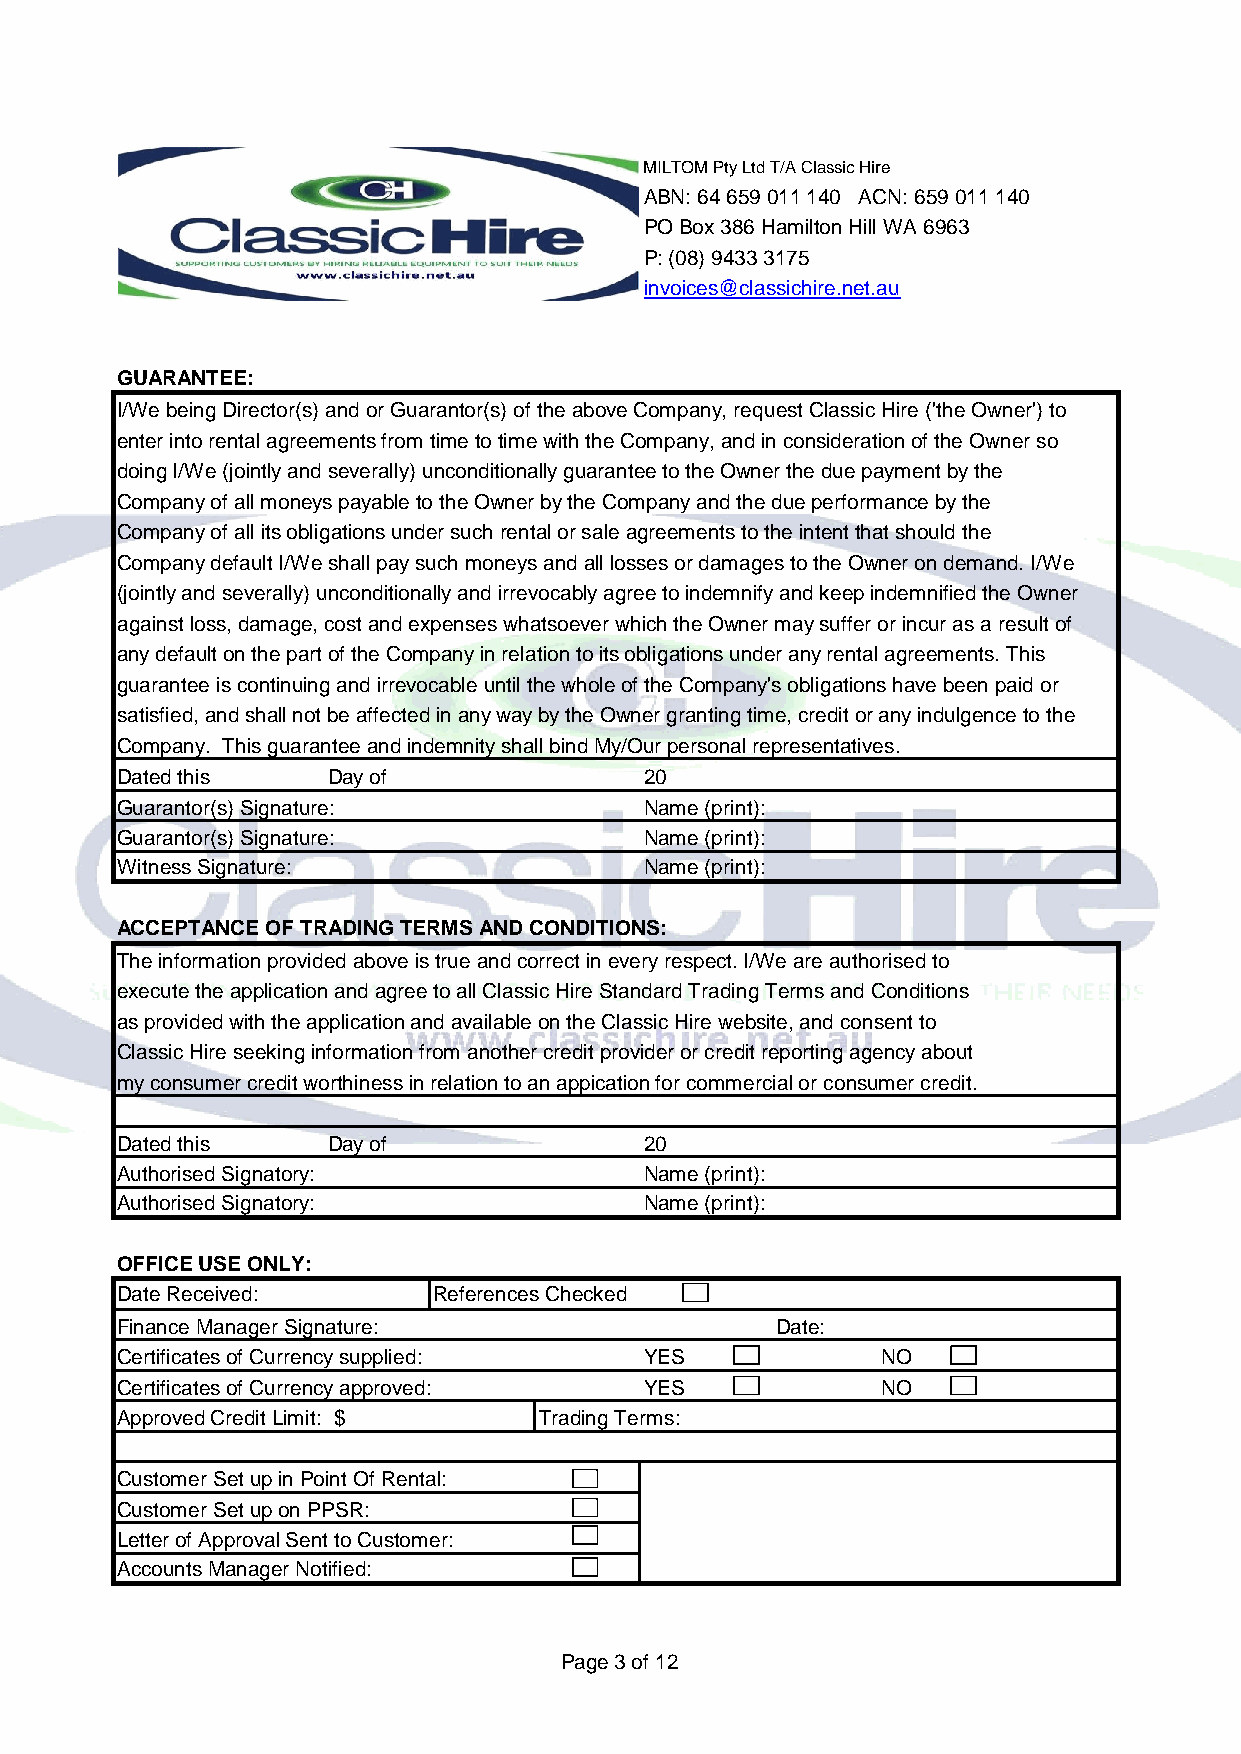
MILTOM Pty Ltd T/A Classic Hire
 ABN: 64 659 011 140 ACN: 659 011 140
 PO Box 386 Hamilton Hill WA 6963
 P: (08) 9433 3175
 invoices@classichire.net.au
 GUARANTEE:
 I/We being Director(s) and or Guarantor(s) of the above Company, request Classic Hire ('the Owner') to
 enter into rental agreements from time to time with the Company, and in consideration of the Owner so
 doing I/We (jointly and severally) unconditionally guarantee to the Owner the due payment by the
 Company of all moneys payable to the Owner by the Company and the due performance by the
 Company of all its obligations under such rental or sale agreements to the intent that should the
 Company default I/We shall pay such moneys and all losses or damages to the Owner on demand. I/We
 (jointly and severally) unconditionally and irrevocably agree to indemnify and keep indemnified the Owner
 against loss, damage, cost and expenses whatsoever which the Owner may suffer or incur as a result of
 any default on the part of the Company in relation to its obligations under any rental agreements. This
 guarantee is continuing and irrevocable until the whole of the Company's obligations have been paid or
 satisfied, and shall not be affected in any way by the Owner granting time, credit or any indulgence to the
 Company. This guarantee and indemnity shall bind My/Our personal representatives.
 Dated this    Day of               20
 Guarantor(s) Signature:            Name (print):
 Guarantor(s) Signature:            Name (print):
 Witness Signature:                 Name (print):
 ACCEPTANCE OF TRADING TERMS AND CONDITIONS:
 The information provided above is true and correct in every respect. I/We are authorised to
 execute the application and agree to all Classic Hire Standard Trading Terms and Conditions
 as provided with the application and available on the Classic Hire website, and consent to
 Classic Hire seeking information from another credit provider or credit reporting agency about
 my consumer credit worthiness in relation to an appication for commercial or consumer credit.
 Dated this    Day of               20
 Authorised Signatory:              Name (print):
 Authorised Signatory:              Name (print):
 OFFICE USE ONLY:
 Date Received:       References Checked
 Finance Manager Signature:                 Date:
 Certificates of Currency supplied: YES            NO
 Certificates of Currency approved: YES            NO
 Approved Credit Limit: $    Trading Terms:
 Customer Set up in Point Of Rental:
 Customer Set up on PPSR:
 Letter of Approval Sent to Customer:
 Accounts Manager Notified:
 Page 3 of 12